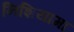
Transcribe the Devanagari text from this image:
निशियामा